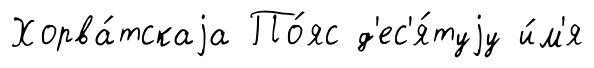
Хорва́тскаjа По́яс д'ес'я́туjу и́м'я